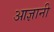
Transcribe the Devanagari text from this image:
आज्ञानी